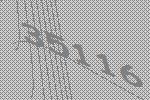
35116